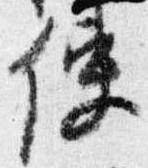
使